Regulations for the medical services of the Army of India
Year: 1930
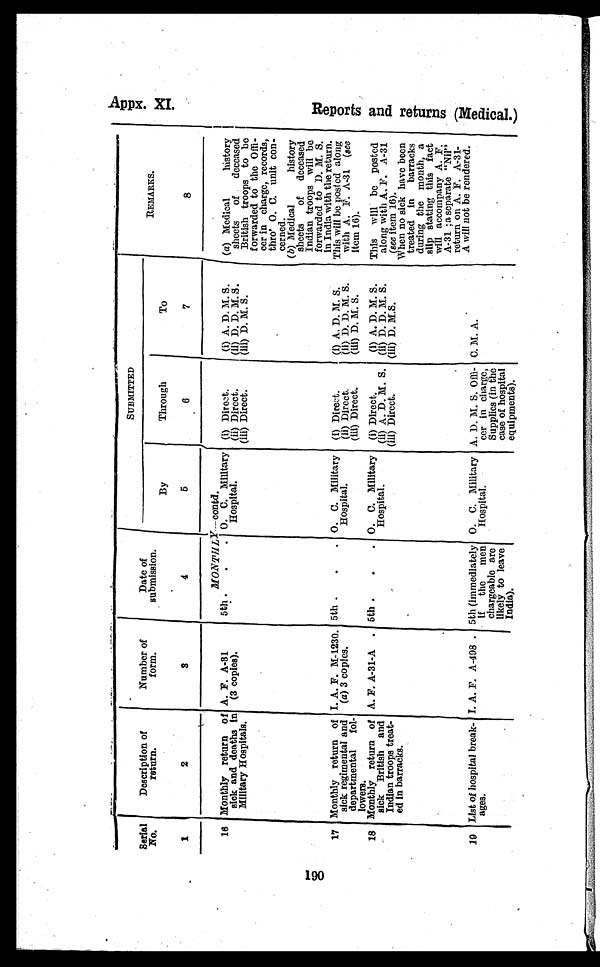
Serial
No.
1
Description of
return.
2
Number of
f o r m.
3
Date of
submission.
4
SUBMITTED
REMARKS.
8
By
5
Through
6
To
7
MONTHLY — contd.
16 Monthly return of
sick and deaths In
Military Hospitals.
A. F. A-81
(3 copies).
5th .
.
. O. C. Military
Hospital.
(i) Direct.
(ii) Direct.
(iii) Direct.
(i) A. D. M. S.
(ii) D. D. M. S.
(iii) D. M. S.
(a) Medical
history
sheets
of
deceased
British troops to be
forwarded to the Offi
cer in charge, records,
thro' O. C. unit con-
cerned.
(b) Medical
history
sheets
of
deceased
Indian troops will be
forwarded to D. M. S.
in India with the return.
17 Monthly return of
sick regimental and
departmental
fol
lowers.
I. A. F. M-1230.
(a) 3 copies.
5th .
•
.
O. C. Military
Hospital.
(i) Direct.
(ii) Direct.
(iii) Direct.
(i) A. D. M. S.
(ii) D. D. M. S.
(iii) D. M. S.
This will be posted along
with A. F. A-31 (see
item 16).
18 Monthly return of
sick British and
Indian troops treat
ed In barracks.
A. F. A-31-A
. 5th .
.
. O. C. Military
Hospital.
(i) Direct.
(ii) A. D. M. S.
(ill) Direct.
(i) A. D. M. S.
(ii) D. D. M. S.
(iii) D. M.S.
This
will be posted
along with A. F. A-31
(see item 16).
When no sick have been
treated in
barracks
during the month, a
slip stating this fact
will accompany A. F.
A-31; a separate "Nil"
return on A. F. A-31-
A will not be rendered.
19 List of hospital break-
ages.
I. A. F. A-498 . 5th (Immediately
If
the
men
chargeable are
likely to leave
India).
O. C. Military
Hospital.
A. D. M. S.
Officer in charge,
Supplies (in the
case of hospital
equipments).
C. M. A.
Appx. XI.
R e p o r t a n d r e t u r n s ( Me d i c a l . )